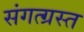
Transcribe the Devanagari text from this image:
संगत्ग्रस्त